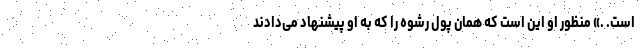
است. .» منظور او این است که همان پول رشوه را که به او پیشنهاد می‌دادند